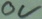
Text: 0V